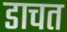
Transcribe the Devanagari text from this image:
डाचत